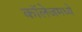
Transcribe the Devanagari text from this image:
कॉलेजमध्‍ये